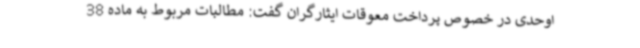
اوحدی در خصوص پرداخت معوقات ایثارگران گفت: مطالبات مربوط به ماده 38